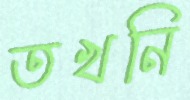
তখনি